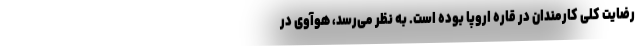
رضایت کلی کارمندان در قاره اروپا بوده است. به نظر می‌رسد، هوآوی در